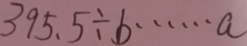
3 9 5 . 5 \div b \cdots a